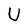
Character: U